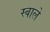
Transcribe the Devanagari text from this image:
स्वाले